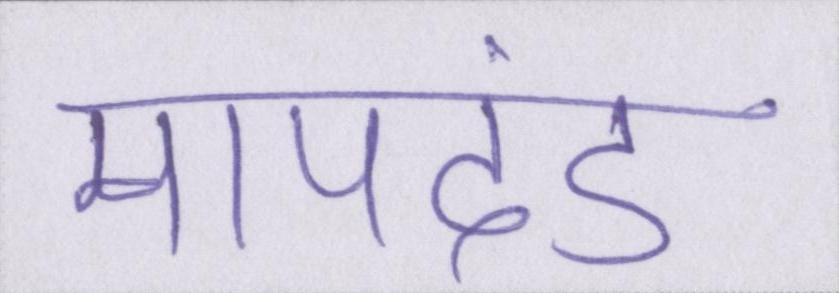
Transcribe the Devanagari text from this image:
मापदंड